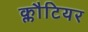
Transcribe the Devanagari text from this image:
क्लौटियर